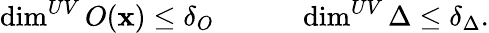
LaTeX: \dim^{UV}O(\mathbf{x})\leq\delta_{O}\qquad\quad\dim^{UV}\Delta\leq\delta_{\Delta}.